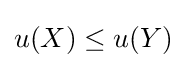
u(X)\leq u(Y)